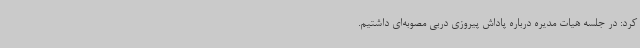
کرد: در جلسه هیات مدیره درباره پاداش پیروزی دربی مصوبه‌ای داشتیم.